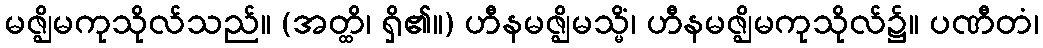
မဇ္ဈိမကုသိုလ်သည်။ (အတ္ထိ၊ ရှိ၏။) ဟီနမဇ္ဈိမသ္မိံ၊ ဟီနမဇ္ဈိမကုသိုလ်၌။ ပဏီတံ၊